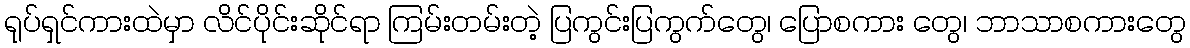
ရုပ်ရှင်ကားထဲမှာ လိင်ပိုင်းဆိုင်ရာ ကြမ်းတမ်းတဲ့ ပြကွင်းပြကွက်တွေ၊ ပြောစကား တွေ၊ ဘာသာစကားတွေ